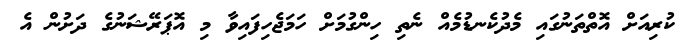
ކުރިއަށް އޮތްތަނުގައި މެދުކެނޑުމެއް ނެތި ހިންގުމަށް ހަމަޖެހިފައިވާ މި އޮޕަރޭޝަނުގެ ދަށުން އެ